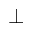
\perp